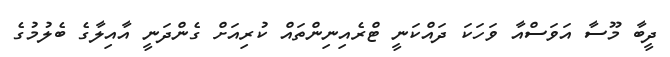
ދީބާ މޫސާ އަވަސްއާ ވަހަކަ ދައްކަނީ ޓްރެއިނިންތައް ކުރިއަށް ގެންދަނީ އާއިލާގެ ބެލުމުގެ